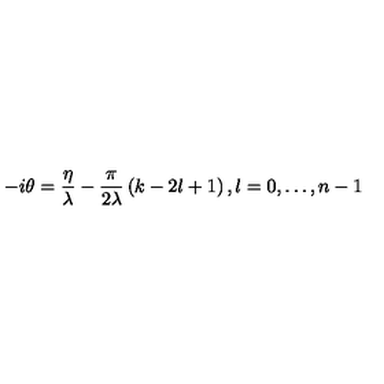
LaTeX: - i \theta = \frac { \eta } { \lambda } - \frac { \pi } { 2 \lambda } \left( k - 2 l + 1 \right) , l = 0 , \dots , n - 1